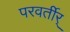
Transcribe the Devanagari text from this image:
परवर्तीर्